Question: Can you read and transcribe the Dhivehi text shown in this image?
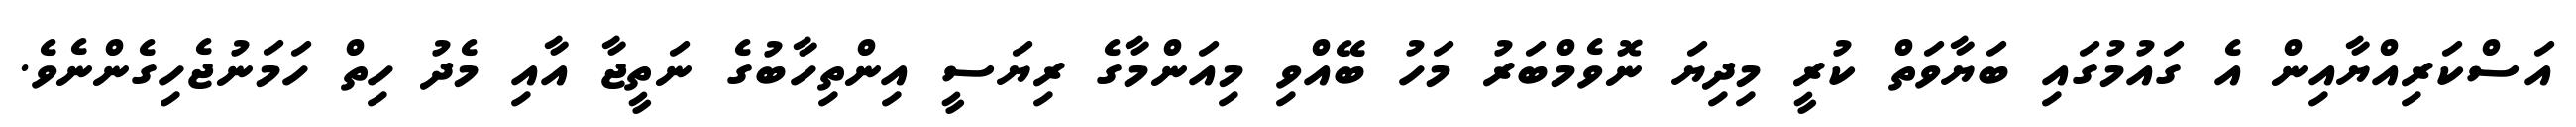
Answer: އަސްކަރިއްޔާއިން އެ ގައުމުގައި ބަޔާވަތް ކުރީ މިދިޔަ ނޮވެމްބަރު މަހު ބޭއްވި މިއަންމާގެ ރިޔަސީ އިންތިހާބުގެ ނަތީޖާ އާއި މެދު ހިތް ހަމަނުޖެހިގެންނެވެ.